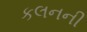
કલનની